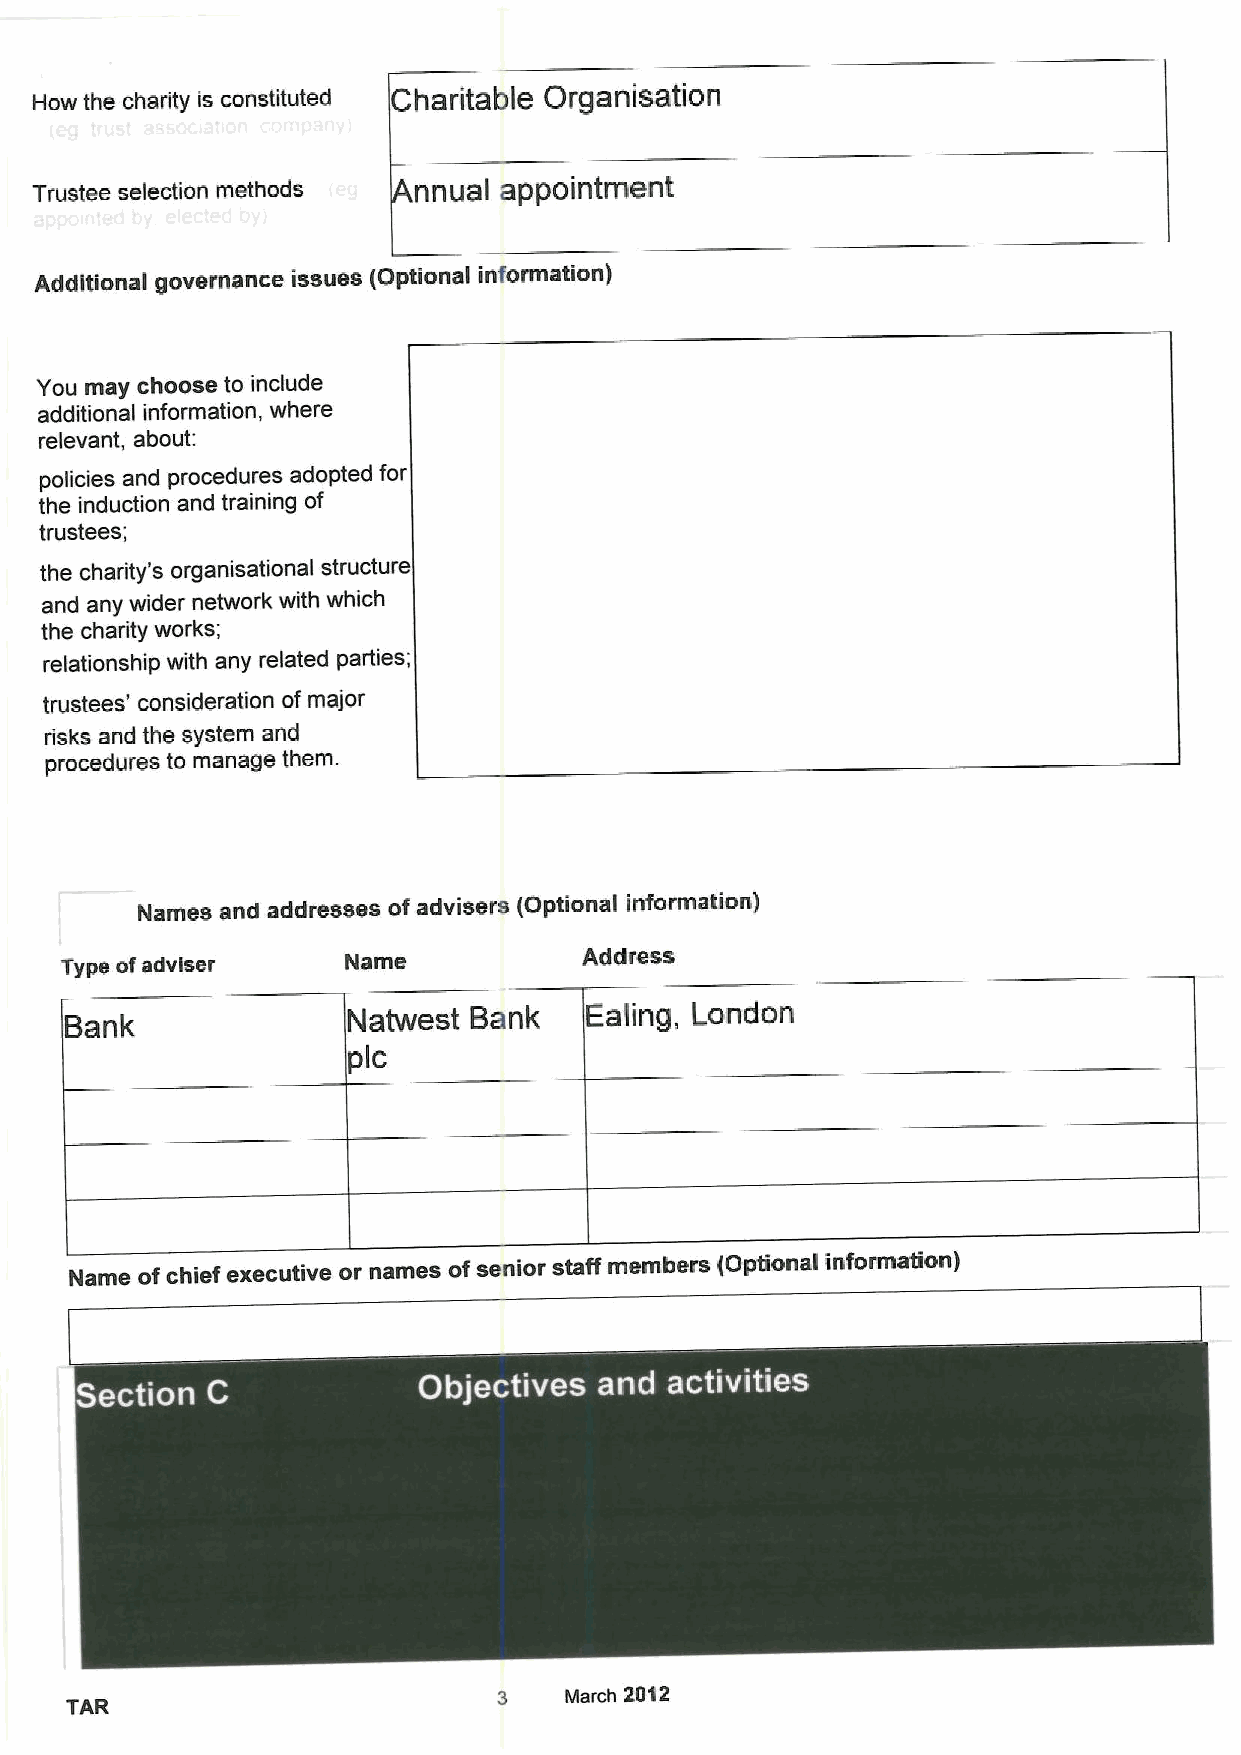
How the charity is constituted Charitable Organisation
 Trustee selection methods nnual appointment
 Additional governance issues (Optional information)
 You may choose to include
 additional information, where
 relevant, about:
 policies and procedures adopted for
 the induction and training of
 trustees;
 the charity's organisational structure
 and any wider network with which
 the charity works;
 relationship with any related parties;
 trustees' consideration of major
 risks and the system and
 procedures to manage them.
 Names and addresses of advisers (Optional information)
 Address
 Type ofadviser     Name
 Bank               Natwest Bank    Ealing, I ondon
 pic
 Name ofchief executive or names of senior staff members {Optional information)
 ~ e
 3   ldarch 2012
 TAR